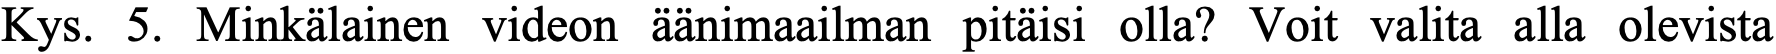
Kys. 5. Minkälainen videon äänimaailman pitäisi olla? Voit valita alla olevista